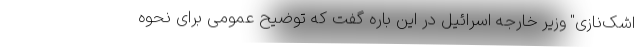
اشک‌نازی" وزیر خارجه اسرائیل در این باره گفت که توضیح عمومی برای نحوه